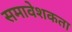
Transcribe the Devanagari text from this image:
समावेशकता